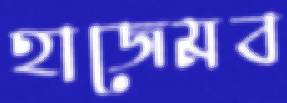
হাজেমব